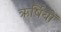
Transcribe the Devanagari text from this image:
ऋर्षियों